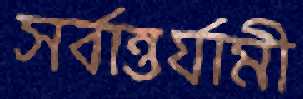
সর্বান্তর্যামী